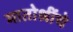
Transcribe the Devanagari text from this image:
मातोश्रींचे